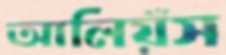
আলিয়ঁস